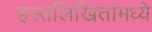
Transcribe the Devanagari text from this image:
हस्तलिखितामध्ये